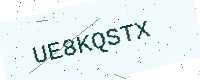
Text: UE8KQSTX